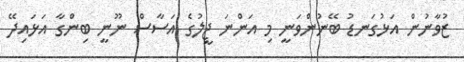
ޒުވާނުން އަޅުގަނޑު ބޭނުންވަނީ މި އަންނަ ޖީލުގެ އަސާސް ނޫނީ ބިންގާ އަޅައިދޭ